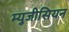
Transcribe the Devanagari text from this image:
म्युजीसियन